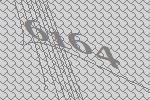
6164